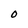
Character: 0